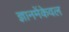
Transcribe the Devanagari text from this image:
ज्ञानमेंकेवल